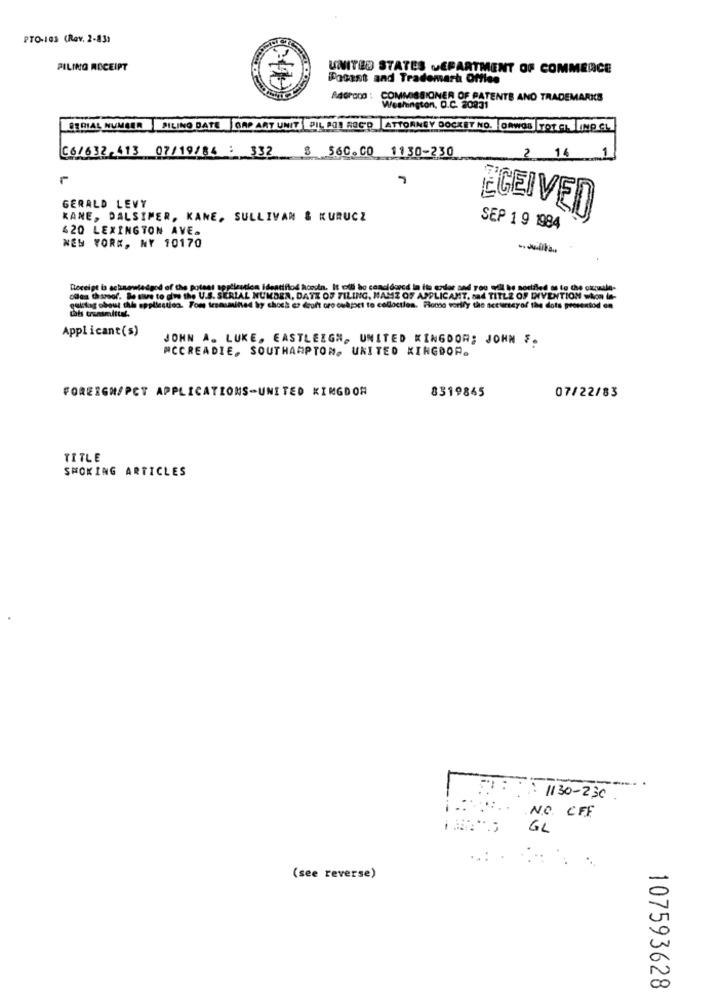
PTO-103 (Rev. 2-83)
PILING RECEIPT
UNITED STATES DEPARTMENT OF COMMERCE
Posant and Trademark Office
840POD : COMMISSIONER OF PATENTE AND TRADEMARKS
Weshington, O.C. 20231
SERIAL NUMBER PILING BATE GAP ART UNIT PIL AOI REC'D ATTORNEY DOCKET NO. ORWOS TOT CHINP CL
C6/632,413 07/19/84 : 332 8 56C.CO 1130-230
2 14 1
-
GERALD LEVY
KANE, DALSIMER, KANE, SULLIVAN & KURUCZ
ÈCEIVED
420 LEXINGTON AVE.
SEP 1 9 1984
NEW YORK, NY 10170
Receipt is acknowledgod of the potass application identifiod hoesin. It cili bo concidered in its ezdor and you will be sousled as to the okquale-
cama th amsof. be sure to diw the U.S. SERIAL NUMBER, DATE OF FILING, MAMI OF APPLICANT, nad TITLE OF INVENTION wkon le-
gulatag obout the application. Tou tesasmitted by chock es deoft oro ouhjort to colloctlen. Plomo vorlly the accuracyof the dots prosentod on
Applicant(s)
JOHN A. LUKE, EASTLEIGH, UNITED KINGDOM; JOHN F.
MCCREADIE, SOUTHAMPTON, UNITED KINGDOM.
FOREIGN/PCT APPLICATIONS-UNITED KINGDOM
8319845
07/22/83
TITLE
SMOKING ARTICLES
I :: 1130-230
N.O. CFF
GL
(see reverse)
107593628